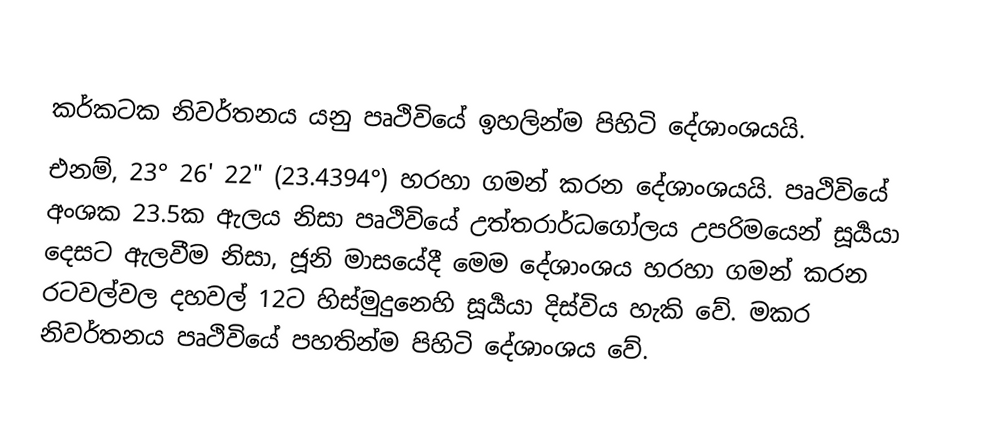

කර්කටක නිවර්තනය යනු පෘථිවියේ ඉහලින්ම පිහිටි දේශාංශයයි.
එනම්, 23° 26' 22" (23.4394°) හරහා ගමන් කරන දේශාංශයයි. පෘථිවියේ අංශක 23.5ක ඇලය නිසා පෘථිවියේ උත්තරාර්ධගෝලය උපරිමයෙන් සූර්‍යයා දෙසට ඇලවීම නිසා, ජූනි මාසයේදී මෙම දේශාංශය හරහා ගමන් කරන රටවල්වල දහවල් 12ට හිස්මුදුනෙහි සූර්‍යයා දිස්විය හැකි වේ. මකර නිවර්තනය පෘථිවියේ පහතින්ම පිහිටි දේශාංශය වේ.